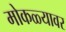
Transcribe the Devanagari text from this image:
मोकळ्यावर